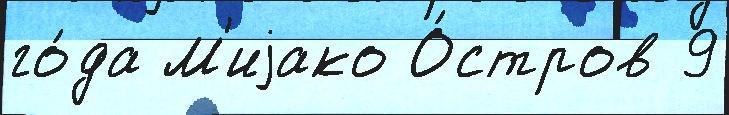
го́да М'иjако О́стров 9